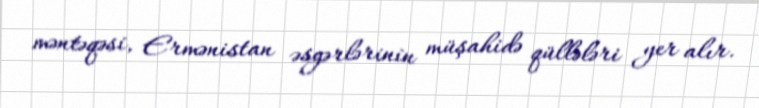
məntəqəsi, Ermənistan əsgərlərinin müşahidə qüllələri yer alır.